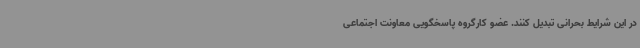
در این شرایط بحرانی تبدیل کنند. عضو کارگروه پاسخگویی معاونت اجتماعی